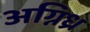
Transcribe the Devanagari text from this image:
अग्निध्र